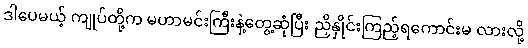
ဒါပေမယ့် ကျုပ်တို့က မဟာမင်းကြီးနဲ့တွေ့ဆုံပြီး ညှိနှိုင်းကြည့်ရကောင်းမ လားလို့